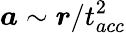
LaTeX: {\mathbfit{a}}\sim{\mathbfit{r}}/t_{acc}^{2}